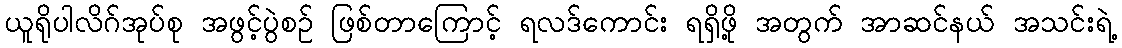
ယူရိုပါလိဂ်အုပ်စု အဖွင့်ပွဲစဉ် ဖြစ်တာကြောင့် ရလဒ်ကောင်း ရရှိဖို့ အတွက် အာဆင်နယ် အသင်းရဲ့